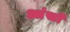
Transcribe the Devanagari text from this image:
आंसों